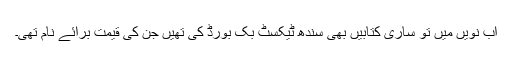
اب نویں میں تو ساری کتابیں بھی سندھ ٹیکسٹ بک بورڈ کی تھیں جن کی قیمت برائے نام تھی۔